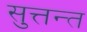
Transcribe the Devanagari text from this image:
सुत्तन्त